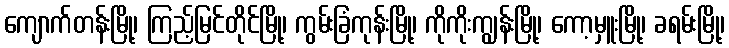
ကျောက်တန်းမြို့၊ ကြည့်မြင်တိုင်မြို့၊ ကွမ်းခြံကုန်းမြို့၊ ကိုကိုးကျွန်းမြို့၊ ကော့မှူးမြို့၊ ခရမ်းမြို့၊